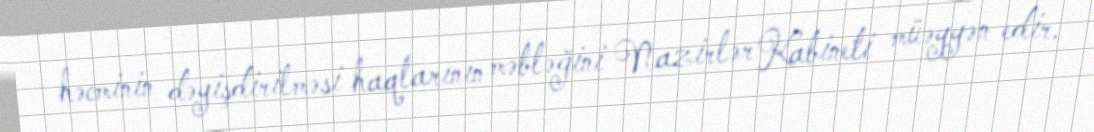
həcminin dəyişdirilməsi haqlarının məbləğini Nazirlər Kabineti müəyyən edir.